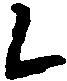
候